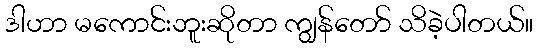
ဒါဟာ မကောင်းဘူးဆိုတာ ကျွန်တော် သိခဲ့ပါတယ်။